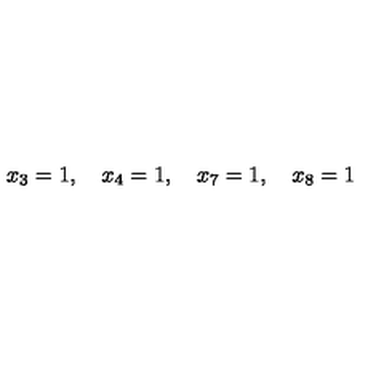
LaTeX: x _ { 3 } = 1 , \quad x _ { 4 } = 1 , \quad x _ { 7 } = 1 , \quad x _ { 8 } = 1